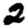
Digit: 2